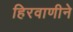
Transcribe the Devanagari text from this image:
हिरवाणीने